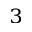
^ { 3 }